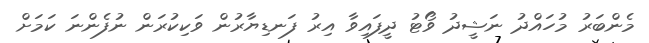
މެންބަރު މުހައްދު ނަޝީދު ވޯޓު ދީފައިވާ އިރު ފަނޑިޔާރުން ވަކިކުރަން ނުފެންނަ ކަމަށް